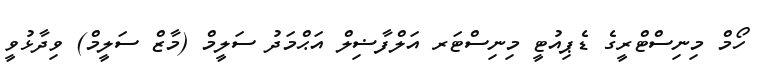
ހޯމް މިނިސްޓްރީގެ ޑެޕިއުޓީ މިނިސްޓަރ އަލްފާޟިލް އަޙްމަދު ސަލީމް (މާޒް ސަލީމް) ވިދާޅުވީ